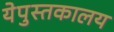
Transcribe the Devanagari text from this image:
येपुस्तकालय